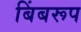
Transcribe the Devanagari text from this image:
बिंबरूप